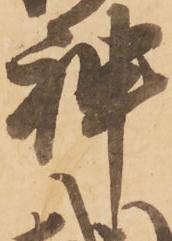
神